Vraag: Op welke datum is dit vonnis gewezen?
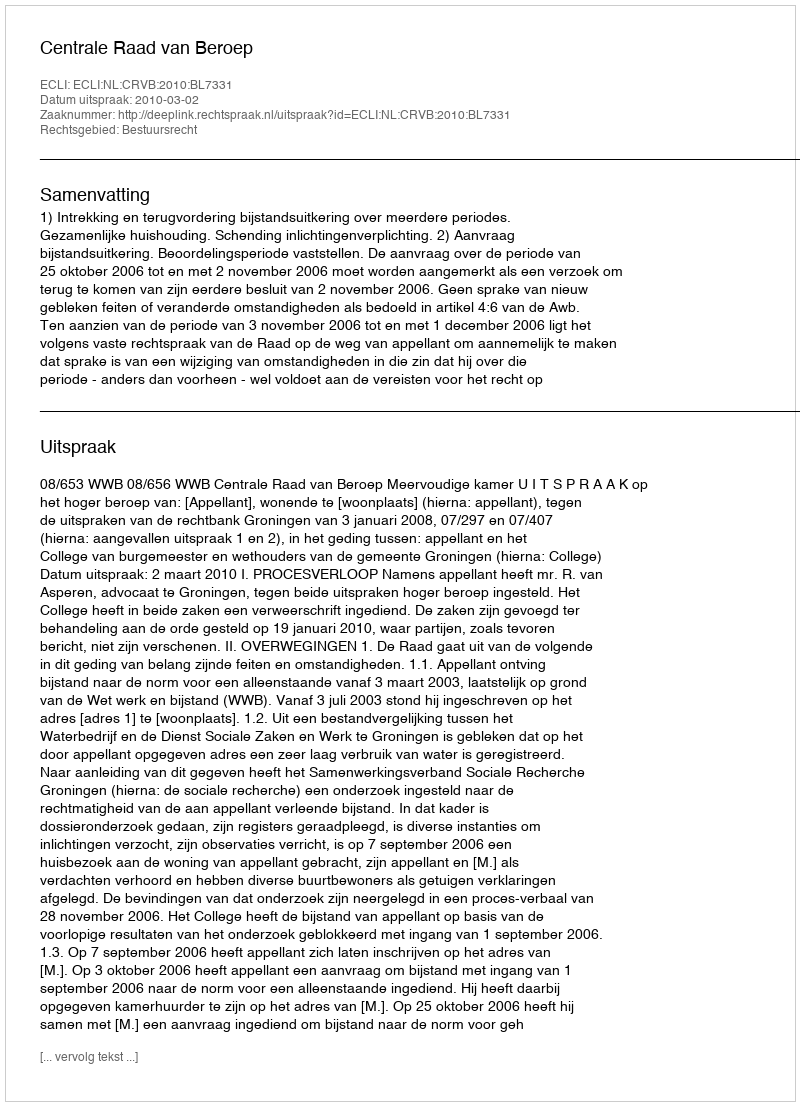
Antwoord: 2010-03-02